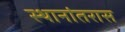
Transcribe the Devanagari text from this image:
स्थानांतरास